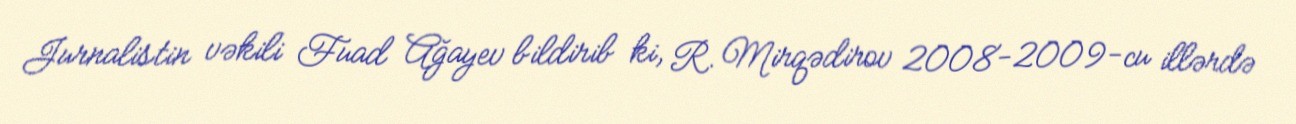
Jurnalistin vəkili Fuad Ağayev bildirib ki, R. Mirqədirov 2008-2009-cu illərdə